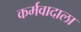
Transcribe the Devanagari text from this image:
कर्मवादाला